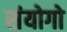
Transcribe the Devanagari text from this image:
संयोगो